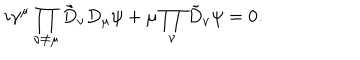
i \gamma ^ { \mu } \prod _ { \nu \ne \mu } \tilde { D } _ { \nu } D _ { \mu } \psi + \mu \prod _ { \nu } \tilde { D } _ { \nu } \psi = 0 .